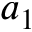
a _ { 1 }